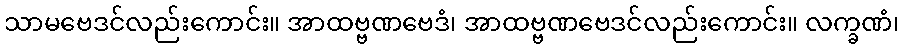
သာမဗေဒင်လည်းကောင်း။ အာထဗ္ဗဏဗေဒံ၊ အာထဗ္ဗဏဗေဒင်လည်းကောင်း။ လက္ခဏံ၊